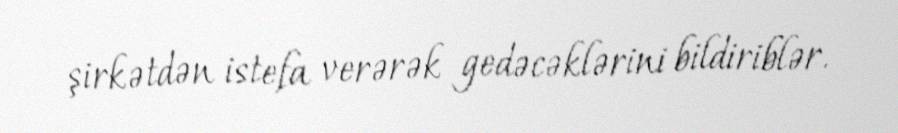
şirkətdən istefa verərək gedəcəklərini bildiriblər.